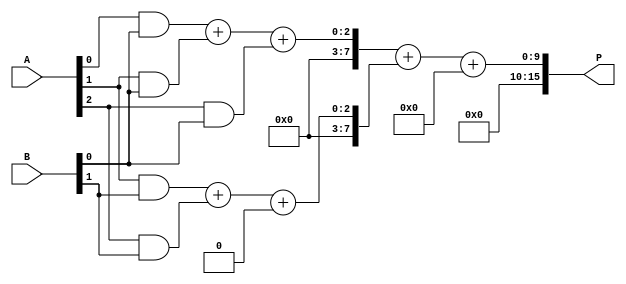
module fixed_point_wallace_tree_multiplier #(
    parameter N = 8  // Number of bits for the fixed-point numbers
) (
    input  [N-1:0] A,  // Fixed-point number A
    input  [N-1:0] B,  // Fixed-point number B
    output [2*N-1:0] P // Fixed-point product P
);

    // Generate partial products
    wire [N-1:0] pp [0:N-1]; // Partial products
    genvar i, j;
    generate
        for (i = 0; i < N; i = i + 1) begin : pp_gen
            for (j = 0; j < N; j = j + 1) begin : pp_row
                assign pp[i][j] = A[j] & B[i]; // AND operation for partial products
            end
        end
    endgenerate

    // Wallace tree reduction
    wire [N-1:0] sum [0:N-1]; // Sums at each stage
    wire [N-1:0] carry [0:N-1]; // Carries at each stage

    // Stage 1: Combine partial products using half and full adders
    generate
        for (i = 0; i < N-1; i = i + 1) begin : stage1
            if (i == 0) begin
                assign {carry[i], sum[i]} = pp[i][0] + pp[i][1] + pp[i][2]; // First three
            end else begin
                assign {carry[i], sum[i]} = pp[i][i] + pp[i][i+1] + carry[i-1]; // Combine with carry
            end
        end
    endgenerate

    // Stage 2: Further reduction
    wire [N-1:0] final_sum, final_carry;
    assign {final_carry, final_sum} = sum[0] + sum[1] + carry[0]; // Final stage reduction

    // Final addition
    wire [2*N-1:0] final_product;
    assign final_product = {final_carry, final_sum};

    // Output assignment
    assign P = final_product;

endmodule